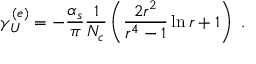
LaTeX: \gamma _ { U } ^ { ( e ) } = - \frac { \alpha _ { s } } { \pi } \frac { 1 } { N _ { c } } \left( \frac { 2 r ^ { 2 } } { r ^ { 4 } - 1 } \ln r + 1 \right) \; .